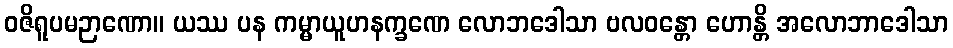
ဝဇိရူပမဉာဏော။ ယဿ ပန ကမ္မာယူဟနက္ခဏေ လောဘဒေါသာ ဗလဝန္တော ဟောန္တိ အလောဘာဒေါသာ